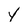
Character: y